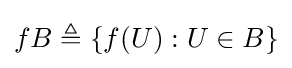
fB\triangleq \{f(U):U\in B\}